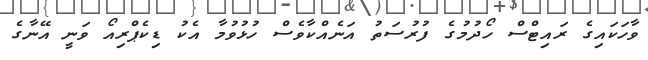
ވާހަކައިގެ ރައިޓްސް ހޯދުމުގެ ފުރުސަތު އަނެއްކާވެސް ހުޅުވުމާ އެކު ޑިކެޕްރިއޯ ވަނީ އޭނާގެ